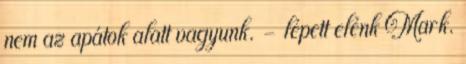
nem az apátok alatt vagyunk. - lépett elénk Mark.